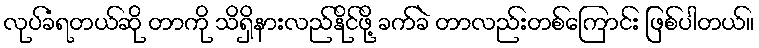
လုပ်ခံရတယ်ဆို တာကို သိရှိနားလည်နိုင်ဖို့ ခက်ခဲ တာလည်းတစ်ကြောင်း ဖြစ်ပါတယ်။